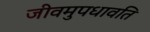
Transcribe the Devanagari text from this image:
जीवमुपधावति